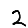
Digit: 2